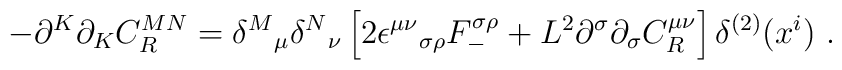
-\partial^K\partial_K C_R^{MN}={\delta^M}_\mu{\delta^N}_\nu \left[2\epsilon^{\mu\nu}{}_{\sigma\rho}F_-^{\sigma\rho}+ L^2 \partial^\sigma\partial_\sigma C^{\mu\nu}_R\right]\delta^{(2)}(x^i)~.